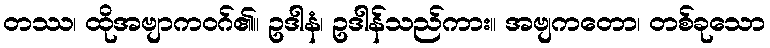
တဿ၊ ထိုအဗျာကဝဂ်၏။ ဥဒါနံ၊ ဥဒါန်သည်ကား။ အဗျကတော၊ တစ်ခုသော